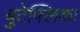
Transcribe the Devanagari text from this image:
बुटेफ्लिका